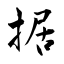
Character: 据